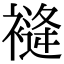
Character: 𧜨